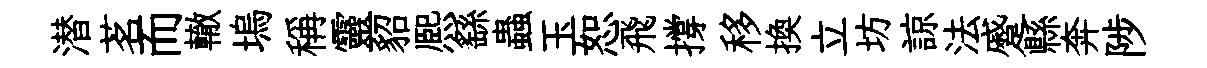
潜茗而轍塢稱靈貂熈繇蟲玉恕飛撐移換立坊諒法蹙縣奔陟